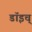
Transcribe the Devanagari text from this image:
डॉइच्